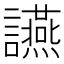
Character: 讌